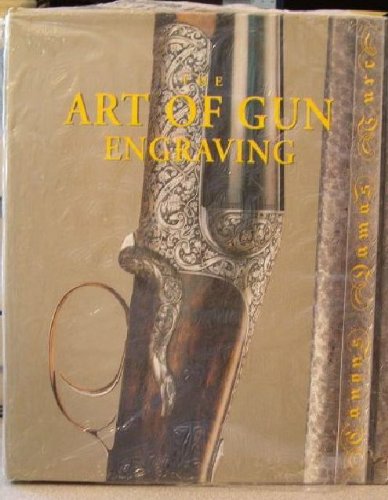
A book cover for The Art of Gun Engraving; Claude Gaier; Crafts, Hobbies & Home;